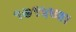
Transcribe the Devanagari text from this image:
१७९५च्या